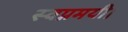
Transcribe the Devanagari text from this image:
स्वप्नमयी।